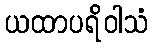
ယထာပရိဝါသံ